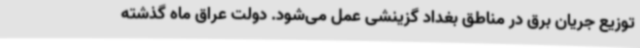
توزیع جریان برق در مناطق بغداد گزینشی عمل می‌شود. دولت عراق ماه گذشته